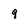
Character: q